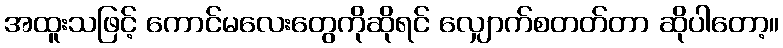
အထူးသဖြင့် ကောင်မလေးတွေကိုဆိုရင် လျှောက်စတတ်တာ ဆိုပါတော့။